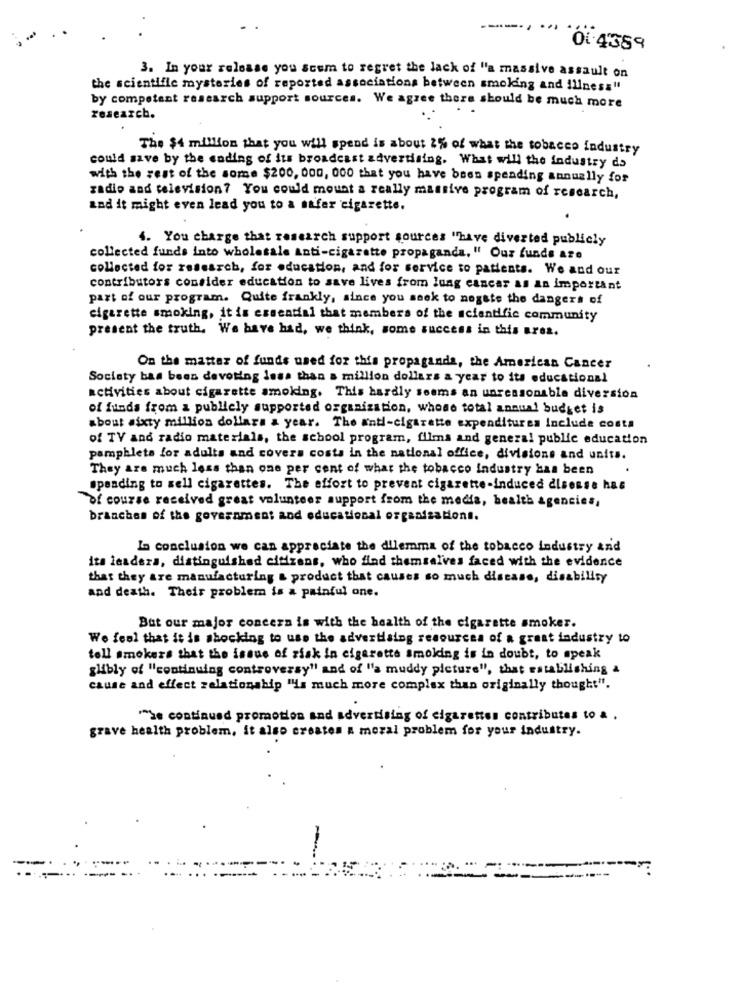
O1.4359
3. In your release you seem to regret the lack of "a massive assault on
the scientific mysteries of reported associations between smoking and illness"
by competent research support sources. We agree there should be much more
research.
The $4 million that you will spend is about 2% of what the tobacco industry
could save by the coding of its broadcast advertising. What will the industry do
with the rest of the some $200, 000, 000 that you have been spending annually for
radio and television? You could mount a really massive program of research,
and it might even lead you to a safer cigarette.
4. You charge that research support sources "have diverted publicly
collected funds into wholesale Anti-cigarette propaganda, " Our funds are
collected for research, for education, and for service to patients. We and our
contributors consider education to save lives from lung cancer as an important
part of our program. Quite frankly, since you seek to nogste the dangers of
cigarette smoking, it is essential that members of the scientific community
present the truth. We have had, we think, some success in this area.
On the matter of funds used for this propaganda, the American Cancer
Society bas been devoting less than a million dollars a year to its educational
activities about cigarette smoking. This hardly seems an unreasonable diversion
of funds from a publicly supported organization, whose total annual budget is
about sixty million dollars a year. The anti-cigarette expenditures Include costa
of TV and radio materials, the school program, films and general public education
pamphlets for adults and covers costs in the national office, divisions and units.
They are much less than one per cent of what the tobacco industry has been
spending to sell cigarettes. The effort to prevent cigarette-induced disesse has
of course received great volunteer support from the media, health agencies,
branches of the government and educational organizations.
In conclusion we can appreciate the dilemma of the tobacco industry and
its leaders, distinguished citizens, who find themselves faced with the evidence
that they are manufacturing & product that causes so much disease, disability
and death. Their problem is a painful one.
But our major concern is with the health of the cigarette smoker.
We feel that it is shocking to use the advertising resources of a great industry to
toll smokers that the issue of zisk in cigarette smoking is in doubt, to speak
glibly of "continuing controversy" and of "a muddy picture", that establishing a
cause and effect relationship "is much more complex than originally thought".
""he continued promotion and advertising of cigarettes contributes to a .
grave health problem. it also creates a moral problem for your industry.